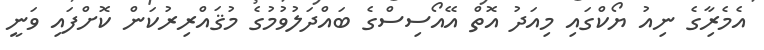
އެމެރިާގެ ނިއު ޔޯކްގައި މިއަދު އޮތް އޭއޯސިސްގެ ބައްދަލުވުމުގެ މުޤައްރިރުކަން ކޮށްފައި ވަނީ